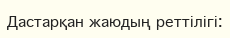
Дастарқан жаюдың реттілігі: